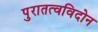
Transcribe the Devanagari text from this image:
पुरातत्वविदोन